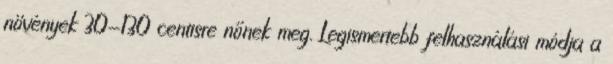
növények 30-130 centisre nőnek meg. Legismertebb felhasználási módja a